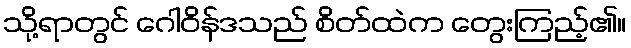
သို့ရာတွင် ဂေါဝိန်ဒသည် စိတ်ထဲက တွေးကြည့်၏။